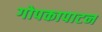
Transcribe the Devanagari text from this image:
गोपकापाटन